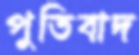
পুতিবাদ